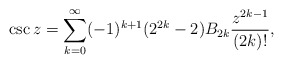
\begin{align*}\csc z = \sum_{k=0}^{\infty} (-1)^{k+1}(2^{2k}-2) B_{2k}{z^{2k-1} \over(2k)!},\end{align*}